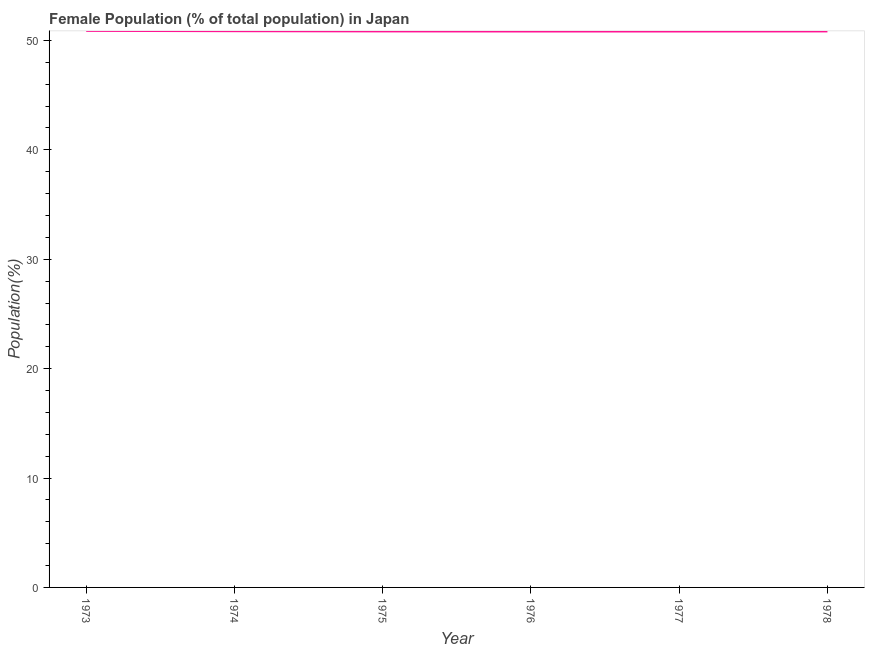
| Year | Female |
 | --- | --- |
 | 1973 | 50.9 |
 | 1974 | 50.8 |
 | 1975 | 50.8 |
 | 1976 | 50.8 |
 | 1977 | 50.8 |
 | 1978 | 50.8 |